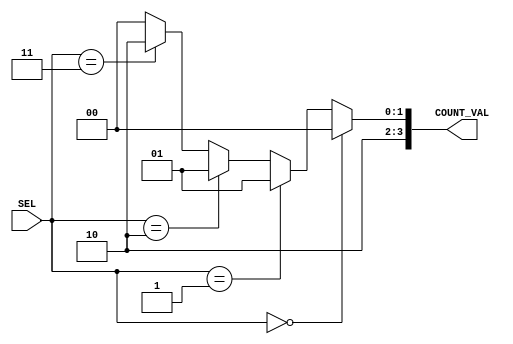
`timescale 1ns / 1ps
//****************************************************************//
//																						//
//  Created by Jacob Nguyen on 10/24/18.                          //
//  Copyright  2018 Jacob Nguyen. All rights reserved.           //
//																						//
//	 Abstract: 	Decoder to calculate how many bits to count in 		//
//					the serial input to the Receive Engine based			//
//					on the inputs of EIGHT AND PEN.							//
//																						//
//  In submitting this file for class work at CSULB               //
//  I am confirming that this is my work and the work             //
//  of no one else. In submitting this code I acknowledge that 	//
//  plagiarism in student project work is subject to dismissal 	//
//  from the class 																//
//****************************************************************//
module BIT_COUNTER_DECODE(SEL, COUNT_VAL);
	input  [1:0] SEL;
	output [3:0] COUNT_VAL;

	assign COUNT_VAL = (SEL == 2'b00) ? 4'd8:	// EIGHT = 0, PEN = 0
							 (SEL == 2'b01) ? 4'd9:	// EIGHT = 0, PEN = 1
							 (SEL == 2'b10) ? 4'd9:	// EIGHT = 1, PEN = 0
							 (SEL == 2'b11) ? 4'd10:	// EIGHT = 1, PEN = 1
													4'd8;
endmodule